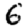
Digit: 6